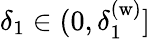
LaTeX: \delta_{1}\in(0,\delta_{1}^{\mathrm{(w)}}]